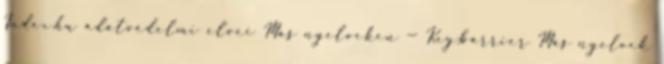
Index.hu adatvédelmi elvei Más nyelveken — Key:barrier Más nyelvek